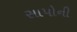
સાપોની